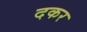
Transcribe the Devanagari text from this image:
दकर